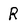
Character: R